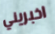
اخبريني